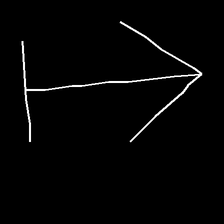
Glyph: levitation